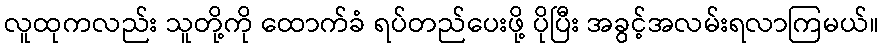
လူထုကလည်း သူတို့ကို ထောက်ခံ ရပ်တည်ပေးဖို့ ပိုပြီး အခွင့်အလမ်းရလာကြမယ်။